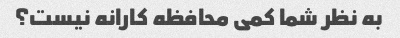
به نظر شما کمی محافظه کارانه نیست؟